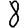
Digit: 8